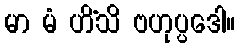
မာ မံ ဟိံသိ ဗဟုပ္ပဒေါ။